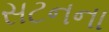
સટનના